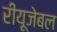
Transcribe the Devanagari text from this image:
रीयूजेबल